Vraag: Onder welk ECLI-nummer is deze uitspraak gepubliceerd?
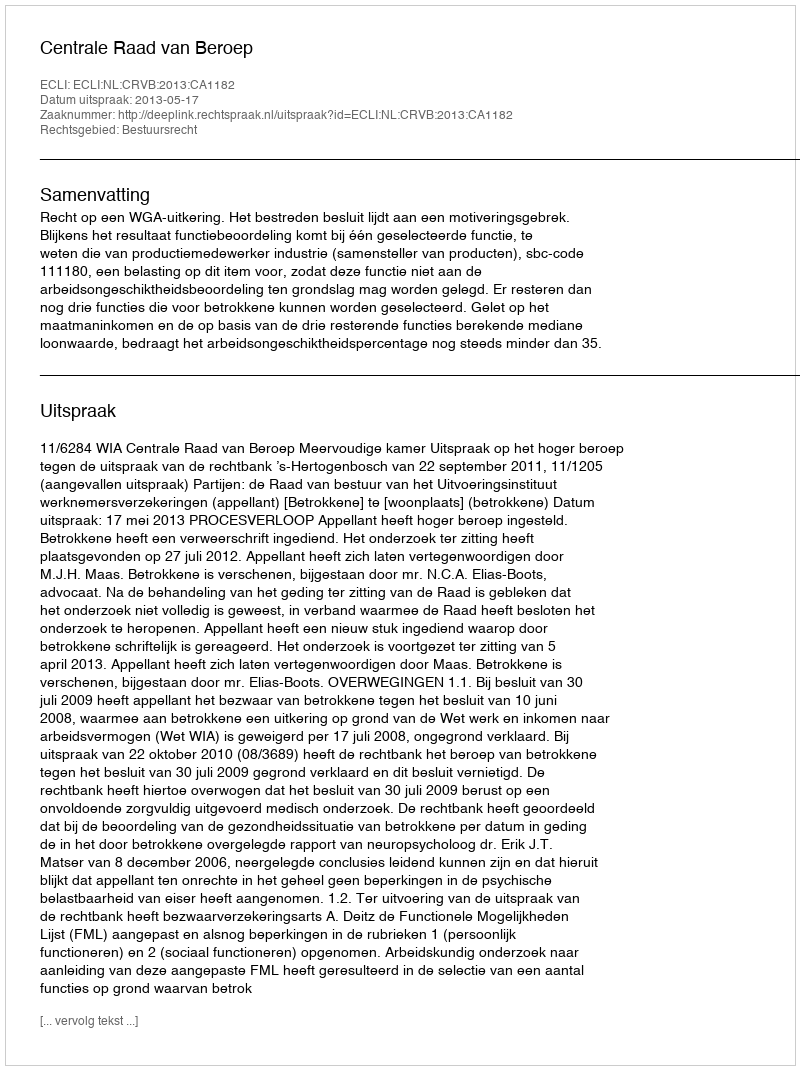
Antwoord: ECLI:NL:CRVB:2013:CA1182